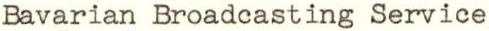
Bavarian Broadcasting Service